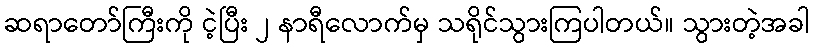
ဆရာတော်ကြီးကို ငဲ့ပြီး ၂ နာရီလောက်မှ သရိုင်သွားကြပါတယ်။ သွားတဲ့အခါ